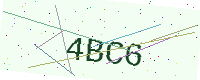
Text: 4BC6